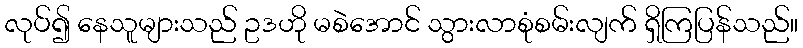
လုပ်၍ နေသူများသည် ဥဒဟို မစဲအောင် သွားလာစုံစမ်းလျက် ရှိကြပြန်သည်။